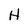
Character: H